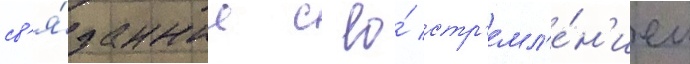
св'я́занные с ео́ стр'емл'е́н'ием